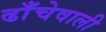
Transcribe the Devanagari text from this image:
ढाँचेवाली